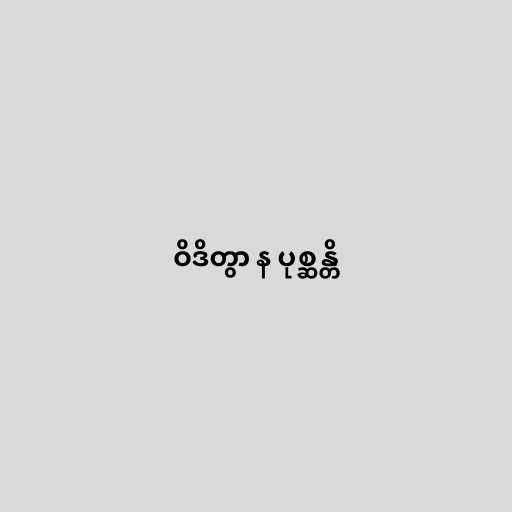
ဝိဒိတွာ န ပုစ္ဆန္တိ